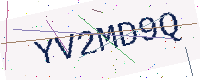
Text: YV2MD9Q